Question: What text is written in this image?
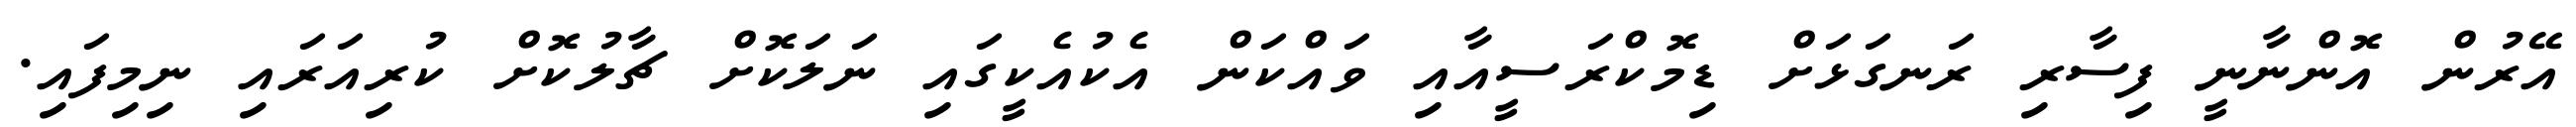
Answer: އޭރުން އޮންނާނީ ފިސާރި ރަނގަޅަށް ޑިމޮކްރަސީއާއި ވައްކަން އެކުއެކީގައި ނަލަކޮށް ޗާލުކޮށް ކުރިއަރައި ނިމިފައި.